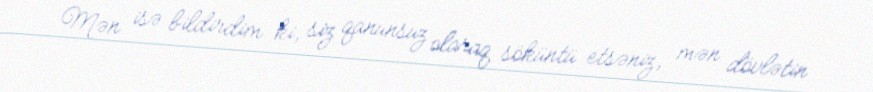
Mən isə bildirdim ki, siz qanunsuz olaraq söküntü etsəniz, mən dövlətin